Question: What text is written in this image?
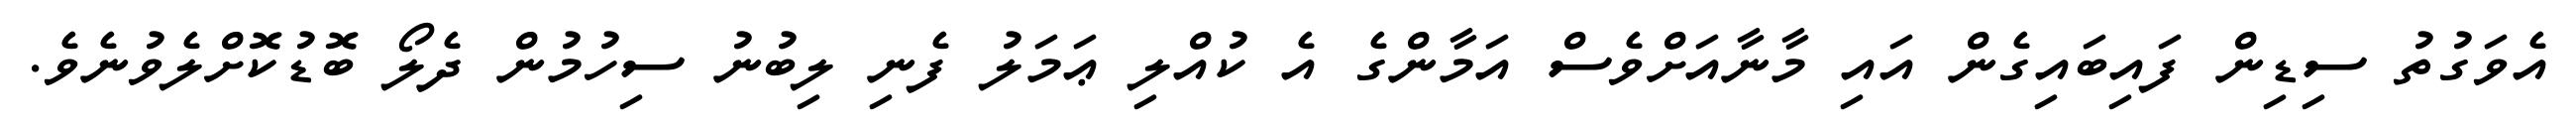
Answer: އެވަގުތު ސިޑިން ފައިބައިގެން އައި މާނާއަށްވެސް އަމާންގެ އެ ކުއްލި ޢަމަލު ފެނި ލިބުނު ސިހުމުން ދެލޯ ބޮޑުކޮށްލެވުނެވެ.